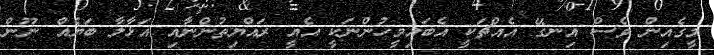
މީގެއިން ވެސް އިނގޭ އެއްޗަކީ އެބައިމީހުންނަކީ އެއީ ރައްޔިތުންނާއި އަޅާލާ ބަޔެއް ނޫން